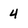
Character: 4